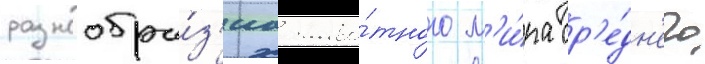
разнообра́з'иа живо́тного м'и́ра ср'е́дн'его